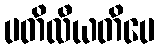
ပတိလီယတိပေ